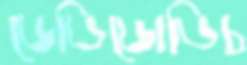
ডেভিডোভিচ